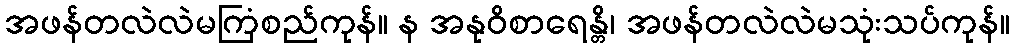
အဖန်တလဲလဲမကြံစည်ကုန်။ န အနုဝိစာရေန္တိ၊ အဖန်တလဲလဲမသုံးသပ်ကုန်။